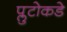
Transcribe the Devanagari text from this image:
प्लुटोकडे